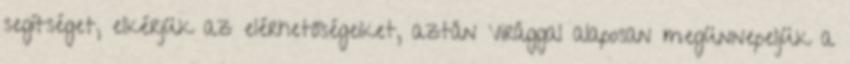
segítséget, elkérjük az elérhetőségeiket, aztán Virággal alaposan megünnepeljük a